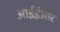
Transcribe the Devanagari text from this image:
आईईआर